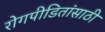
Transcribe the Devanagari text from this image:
रोगपीडितांसाठी